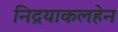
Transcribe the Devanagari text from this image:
निद्रयाकलहेन